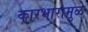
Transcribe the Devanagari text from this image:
कारभारामुळे